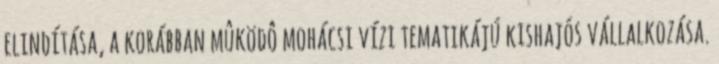
elindítása, a korábban mûködô mohácsi vízi tematikájú kishajós vállalkozása.